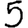
Digit: 5